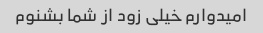
امیدوارم خیلی زود از شما بشنوم